Elephants and their diseases
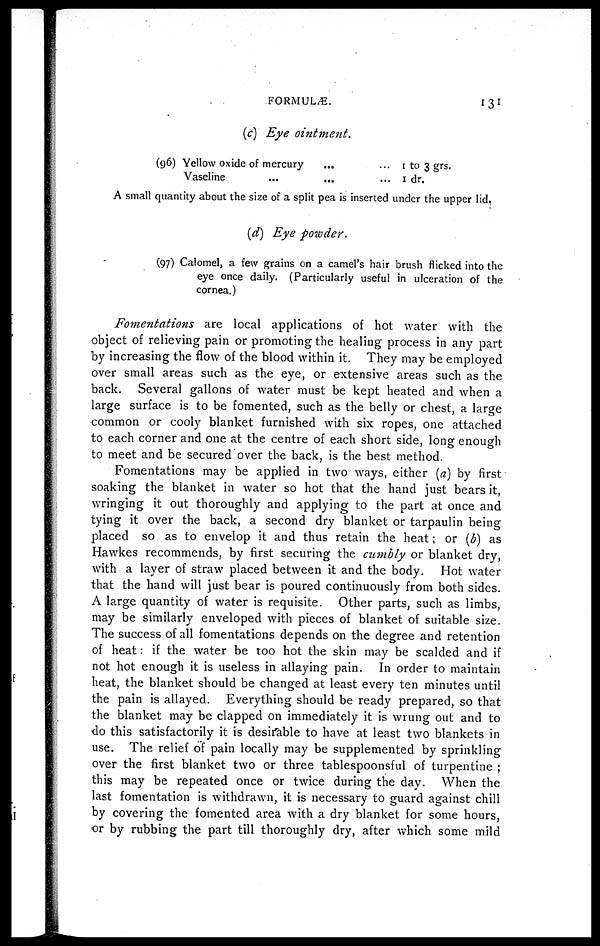
FORMULÆ.
131
(c) Eye ointment.
(96) Yellow oxide of mercury
...
Vaseline
1 to 3 grs.
1 dr.
A small quantity about the size of a split pea is inserted under the upper lid.
(d) Eye powder.
(97) Calomel, a few grains on a camel's hair brush flicked into the
eye once daily. (Particularly useful in ulceration of the
cornea.)
Fomentations are local applications of hot water with the
object of relieving pain or promoting the healing process in any part
by increasing the flow of the blood within it. They may be employed
over small areas such as the eye, or extensive areas such as the
back. Several gallons of water must be kept heated and when a
large surface is to be fomented, such as the belly or chest, a large
common or cooly blanket furnished with six ropes, one attached
to each corner and one at the centre of each short side, long enough
to meet and be secured over the back, is the best method.
Fomentations may be applied in two ways, either (a) by first
soaking the blanket in water so hot that the hand just bears it,
wringing it out thoroughly and applying to the part at once and
tying it over the back, a second dry blanket or tarpaulin being
placed so as to envelop it and thus retain the heat ; or (b) as
Hawkes recommends, by first securing the cumbly or blanket dry,
with a layer of straw placed between it and the body. Hot water
that the hand will just bear is poured continuously from both sides.
A large quantity of water is requisite. Other parts, such as limbs,
may be similarly enveloped with pieces of blanket of suitable size.
The success of all fomentations depends on the degree and retention
of heat: if the water be too hot the skin may be scalded and if
not hot enough it is useless in allaying pain. In order to maintain
heat, the blanket should be changed at least every ten minutes until
the pain is allayed. Everything should be ready prepared, so that
the blanket may be clapped on immediately it is wrung out and to
do this satisfactorily it is desirable to have at least two blankets in
use. The relief of pain locally may be supplemented by sprinkling
over the first blanket two or three tablespoonsful of turpentine ;
this may be repeated once or twice during the day. When the
last fomentation is withdrawn, it is necessary to guard against chill
by covering the fomented area with a dry blanket for some hours,
or by rubbing the part till thoroughly dry, after which some mild